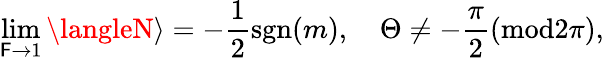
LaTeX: \operatorname*{lim}_{\mathsf{F}\to1}\langleN\rangle=-{\frac{{1}}{{2}}}\mathrm{{sgn}}(m),\quad\Theta\neq-\frac{{\pi}}{{2}}(\mathrm{{mod}}2\pi),